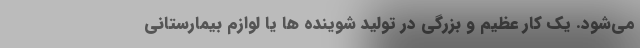
می‌شود. یک کار عظیم و بزرگی در تولید شوینده ها یا لوازم بیمارستانی